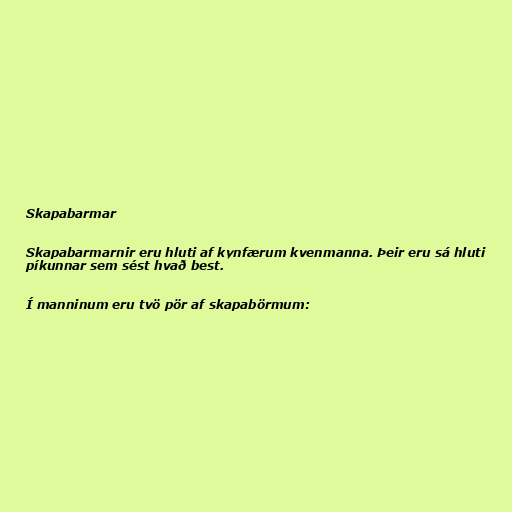
Skapabarmar

Skapabarmarnir eru hluti af kynfærum kvenmanna. Þeir eru sá hluti
píkunnar sem sést hvað best.

Í manninum eru tvö pör af skapabörmum: